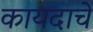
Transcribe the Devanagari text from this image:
कायदाचे